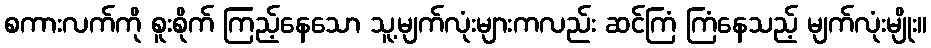
စကားလက်ကို စူးစိုက် ကြည့်နေသော သူ့မျက်လုံးများကလည်း ဆင်ကြံ ကြံနေသည့် မျက်လုံးမျိုး။